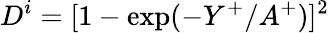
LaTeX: D^{i}=[1-\mathrm{exp}({-Y^{+}}/{A^{+}})]^{2}